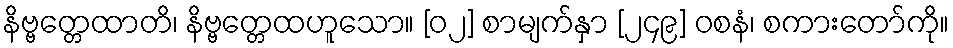
နိဗ္ဗတ္တေထာတိ၊ နိဗ္ဗတ္တေထဟူသော။ [၀၂] စာမျက်နှာ [၂၄၉] ဝစနံ၊ စကားတော်ကို။